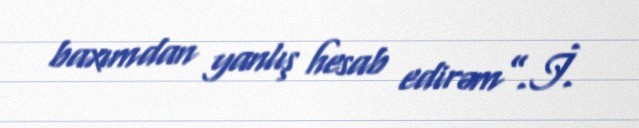
baxımdan yanlış hesab edirəm”.İ.